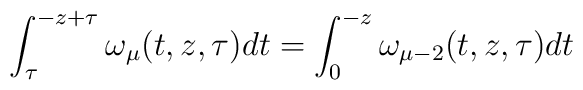
\int_{\tau}^{-z+\tau}\omega_\mu (t,z,\tau )dt=\int_0^{-z}\omega_{\mu -2}(t,z,\tau)dt